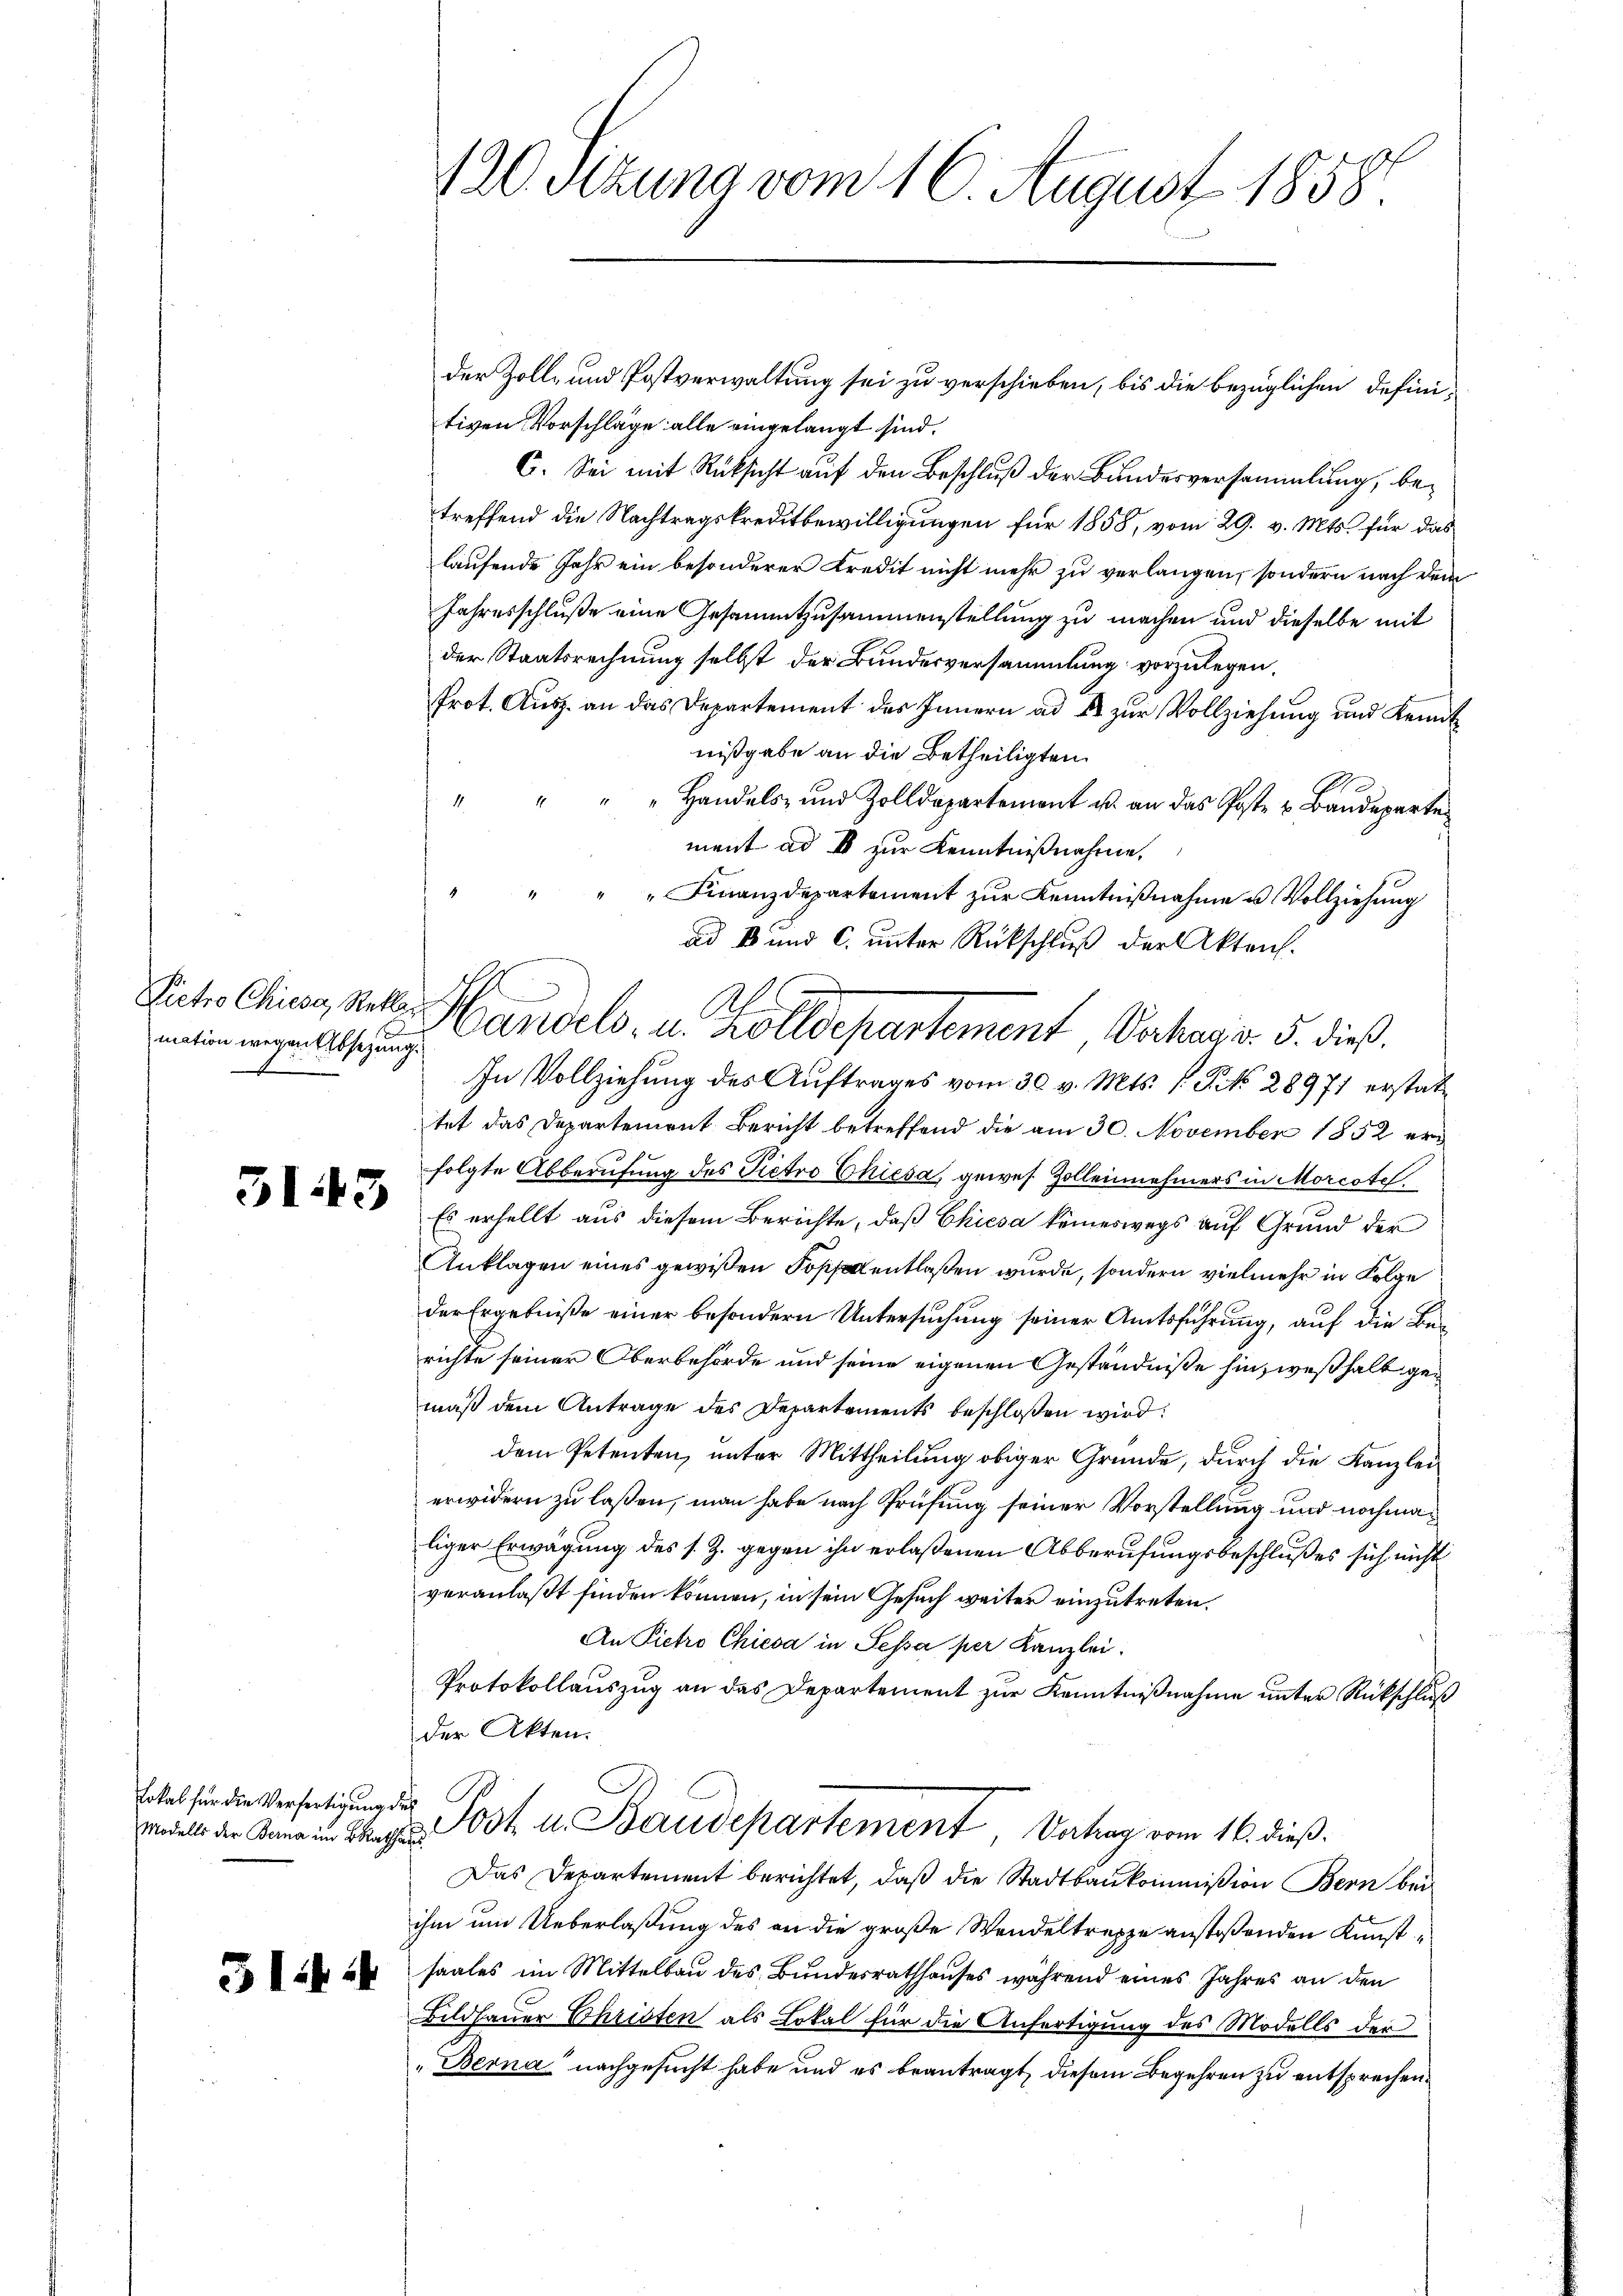
mation wegen Absezung.
Re

513

Lokal für die Verfertigungs
Modells der Berna im BRathha

31:4

120. Sezuna vom 16. August 1858.

der Zoll- und Postverwaltung sei zu verschieben, bis die bezüglichen definitiven Vorschläge alle eingelangt sind.
C. Sei mit Rücksicht auf den Beschluß der Bundesversammlung, betreffend die Nachtragskreditbewilligungen für 1858, vom 29. v. Mts. für das
laufende Jahr ein besonderer Kredit nicht mehr zu verlangen, sondern nach dem
Jahresschluße eine Gesammtzusammenstellung zu machen und dieselbe mit
der Staatsrechnung selbst der Bundesversammlung vorzulegen.
Prot. Ausz. an das Departement des Innern ad 4 zur Vollziehung und Kennt
nißgabe an die Betheiligten.
4
"Handels- und Zolldepartement u. an das Poste u Baudeparte
ment ad I zur Kenntnißnahme,
" Finanzdepartement zur Kenntnißnahme u. Vollziehung
ad B. und C. ŭnter Rückschlŭβ der Akten.
In Vollziehung des Auftrages vom 30. v. Mts. f. P. No. 28971 erstatttet das Departement Bericht betreffend die am 30. November 1852 erfolgte Abberufung des Pietro Chiesa, gewes Zollennehmers in Morcote
Es erhellt aus diesem Berichte, daß Chiesa keineswegs auf Grund der
Anklagen eines gewißen Kopf entlaßen wurde, sondern vielmehr in Folge
der Ergebniße einer besondern Untersuchung seiner Amtsführung, auf die Berichte seiner Oberbehörde und seine eigenen Geständniße hinz weshalb gemäß dem Antrage des Departements beschloßen wird
dem Petenten, unter Mittheilung obiger Gründe, durch die Kanzleierwidern zu laßen, man habe nach Prüfung seiner Vorstellung und nochmaliger Erwägung des s. Z. gegen ihn erlaßenen Abberufungsbeschlußes sich nicht
veranlaßt finden können, in sein Gesuch weiter einzutreten.
An Pietro Chiesa in Sessa per Kanzlei.
Protokollauszug an das Departement zur Kenntnißnahme unter Rückschluß
der Akten.
¬
Post u. Staudepartement, Vatag vom 16. dieß.
Das Departement berichtet, daß die Stadtbaukommißion Bern bei
ihm um Ueberlaßung des an die große Wandeltreppe anstoßenden Kunstsaales im Mittelbau des Bundesrathhauses während eines Jahres an den
Bildhauer Christen als Lokal für die Anfertigung des Modells der
„Berna nachgesucht habe und es beantragt, diesem Begehren zu entsprechen.

.
Victor Chiese Nett. Handels- u. Zolldepartement Verhar v. 5. dieß.